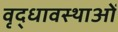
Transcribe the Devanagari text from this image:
वृद्धावस्थाओं